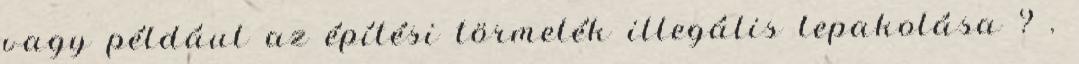
vagy például az építési törmelék illegális lepakolása ? .